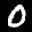
Label: 0